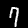
Digit: 7